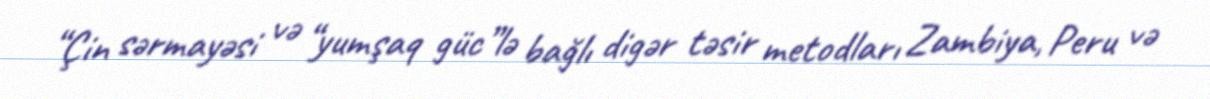
“Çin sərmayəsi və “yumşaq güc”lə bağlı digər təsir metodları Zambiya, Peru və